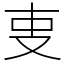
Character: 叓